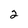
Character: 2